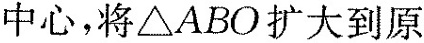
中心，将△ABO扩大到原